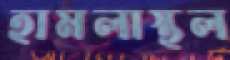
হামলাস্থল